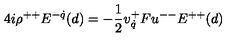
4 i \rho ^ { + + } E ^ { - \dot { q } } ( d ) = - { \frac { 1 } { 2 } } v _ { \dot { q } } ^ { + } F u ^ { -- } E ^ { + + } ( d )